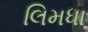
લિમધા